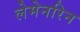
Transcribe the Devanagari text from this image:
लेमेनरिन